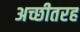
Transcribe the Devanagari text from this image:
अच्छीतरह